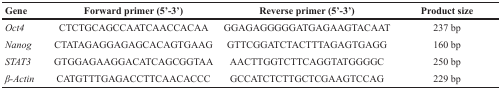
| Gene | Forward primer (5′-3′) | Reverse primer (5′-3′) | Product size |
 | --- | --- | --- | --- |
 | Oct4 | CTCTGCAGCCAATCAACCACAA | GGAGAGGGGGATGAGAAGTACAAT | 237 bp |
 | Nanog | CTATAGAGGAGAGCACAGTGAAG | GTTCGGATCTACTTTAGAGTGAGG | 160 bp |
 | STAT3 | GTGGAGAAGGACATCAGCGGTAA | AACTTGGTCTTCAGGTATGGGGC | 250 bp |
 | β-Actin | CATGTTTGAGACCTTCAACACCC | GCCATCTCTTGCTCGAAGTCCAG | 229 bp |